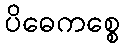
ပိဓေကစ္စေ